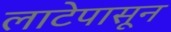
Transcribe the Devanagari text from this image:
लाटेपासून